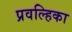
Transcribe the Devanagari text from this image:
प्रवल्हिका